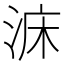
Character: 𣵄